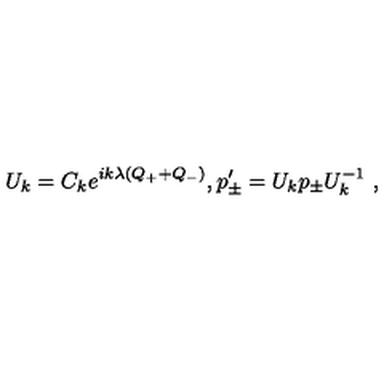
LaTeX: U _ { k } = C _ { k } e ^ { i k \lambda ( Q _ { + } + Q _ { - } ) } , p _ { \pm } ^ { \prime } = U _ { k } p _ { \pm } U _ { k } ^ { - 1 } \ ,